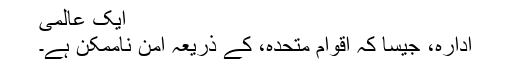
ایک عالمی
ادارہ، جیسا کہ اقوام متحدہ، کے ذریعہ امن ناممکن ہے۔